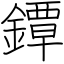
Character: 鐔